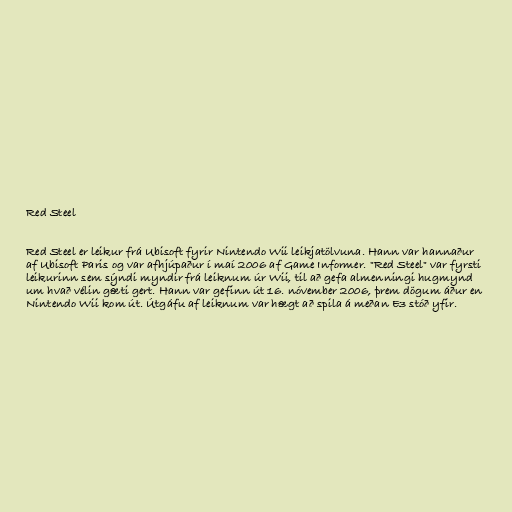
Red Steel

Red Steel er leikur frá Ubisoft fyrir Nintendo Wii leikjatölvuna. Hann var hannaður
af Ubisoft Paris og var afhjúpaður í maí 2006 af Game Informer. "Red Steel" var fyrsti
leikurinn sem sýndi myndir frá leiknum úr Wii, til að gefa almenningi hugmynd
um hvað vélin gæti gert. Hann var gefinn út 16. nóvember 2006, þrem dögum áður en
Nintendo Wii kom út. Útgáfu af leiknum var hægt að spila á meðan E3 stóð yfir.